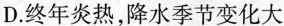
D.终年炎热，降水季节变化大